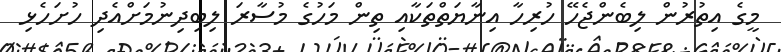
މީގެ އިތުރުން ލިބެންޖެހޭ ހުރިހާ އިނާޔަތްތަކާއި ތިން މަހުގެ މުސާރަ ލިބިދިނުމަށްއެދި ހުށަހެޅި